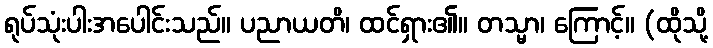
ရုပ်သုံးပါးအပေါင်းသည်။ ပညာယတိ၊ ထင်ရှား၏။ တသ္မာ၊ ကြောင့်။ (ထိုသို့